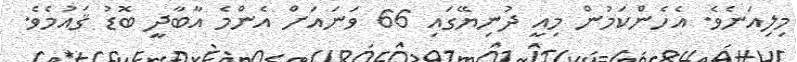
މިލިއަނެވެ. އެހެންކަމުން މިއީ ދުނިޔޭގައި 66 ވަނައަށް އެންމެ އާބާދީ ބޮޑު ޤައުމެވެ.